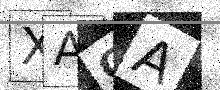
Text: XACA